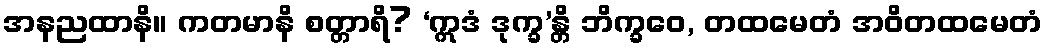
အနညထာနိ။ ကတမာနိ စတ္တာရိ? ‘ဣဒံ ဒုက္ခ’န္တိ ဘိက္ခဝေ, တထမေတံ အဝိတထမေတံ